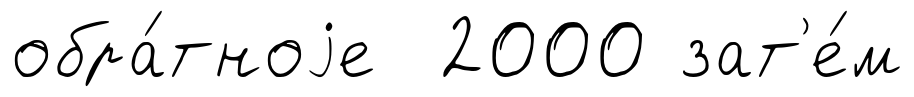
обра́тноjе 2000 зат'е́м